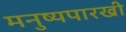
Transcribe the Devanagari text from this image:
मनुष्यपारखी